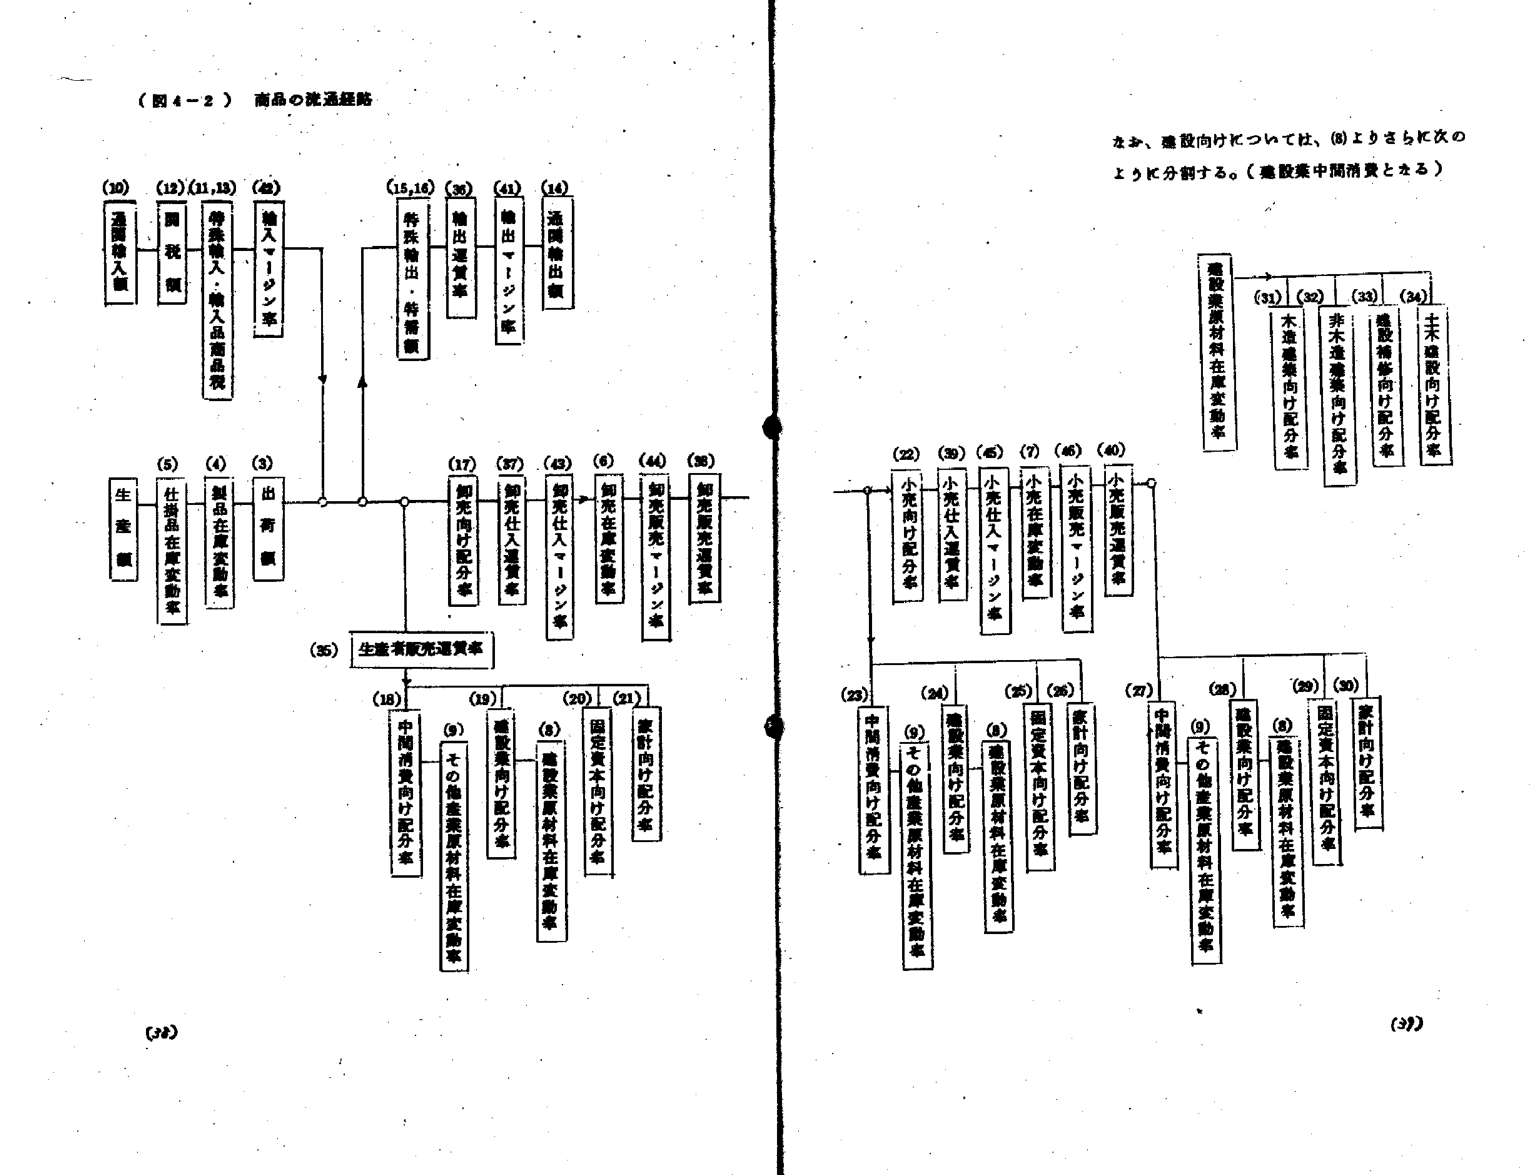
（図4-2） 商品の流通経路

(30) 通関輸入額
(12)(11,13) 関税額
(22) 特殊輸入・輸入品商品税
(23) 輸入マージン率
(15,16) 特殊輸出・特需額
(36) 輸出還貸率
(41) 輸出マージン率
(14) 通関輸出額

(5) 仕掛品在庫変動率
(4) 製品在庫変動率
(3) 出荷額
(17) 卸売向け配分率
(27) 卸売仕入還貸率
(43) 卸売仕入マージン率
(6) 卸売在庫変動率
(44) 卸売販売マージン率
(38) 卸売販売還貸率

(35) 生産者販売還貸率

(18) 中間消費向け配分率
(9) その他生産原材料在庫変動率
(19) 建設業向け配分率
(9) 建設業原材料在庫変動率
(20) 固定資本向け配分率
(21) 家計向け配分率

(22) 小売向け配分率
(39) 小売仕入還貸率
(45) 小売仕入マージン率
(7) 小売在庫変動率
(46) 小売販売マージン率
(40) 小売販売還貸率

(23) 中間消費向け配分率
(9) その他生産原材料在庫変動率
(24) 建設業向け配分率
(9) 建設業原材料在庫変動率
(25) 固定資本向け配分率
(26) 家計向け配分率
(27) 中間消費向け配分率
(9) その他生産原材料在庫変動率
(28) 建設業向け配分率
(9) 建設業原材料在庫変動率
(29) 固定資本向け配分率
(30) 家計向け配分率

なお、建設向けについては、(8)よりさらに次の
ように分割する。（建設集中間消費とする）

建設業原材料在庫変動率
(31) 木造建築向け配分率
(32) 非木造建築向け配分率
(33) 建設補修向け配分率
(34) 土木建設向け配分率

(34)
(37)